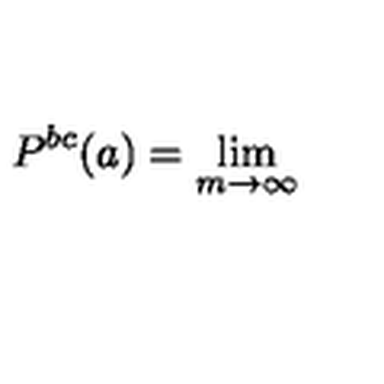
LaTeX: P ^ { b c } ( a ) = \lim _ { m \rightarrow \infty }